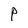
Character: P